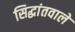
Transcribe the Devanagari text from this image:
सिद्धांतवाले